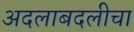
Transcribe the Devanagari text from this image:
अदलाबदलीचा